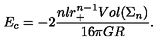
E _ { c } = - 2 \frac { n l r _ { + } ^ { n - 1 } V o l ( \Sigma _ { n } ) } { 1 6 \pi G R } .